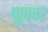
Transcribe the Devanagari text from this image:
ग्रूपवर